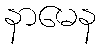
နာမေန